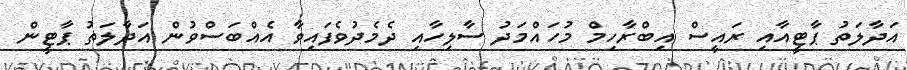
އަދާލަތު ޕާޓީއާއި ރައީސް އިބްރާހިމް މުހައްމަދު ސާލިހާއި ދެމެދުވެފައިވާ އެއްބަސްވުން އަދާލަތު ޕާޓީން